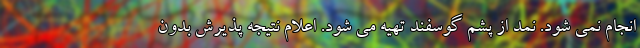
انجام نمی شود. نمد از پشم گوسفند تهیه می شود. اعلام نتیجه پذیرش بدون